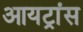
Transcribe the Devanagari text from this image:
आयट्रांस